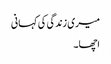
میری زندگی کی کہانی
اچھا۔